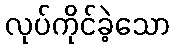
လုပ်ကိုင်ခဲ့သော